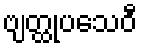
ဗျတ္ထုပသေဝီ